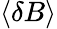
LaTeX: \langle\delta B\rangle